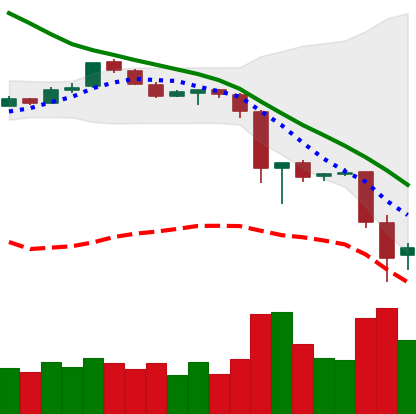
Ticker: EOS-USD
Chart end date: 2018-11-21
Forward return: -16.458%
Label: down_7plus